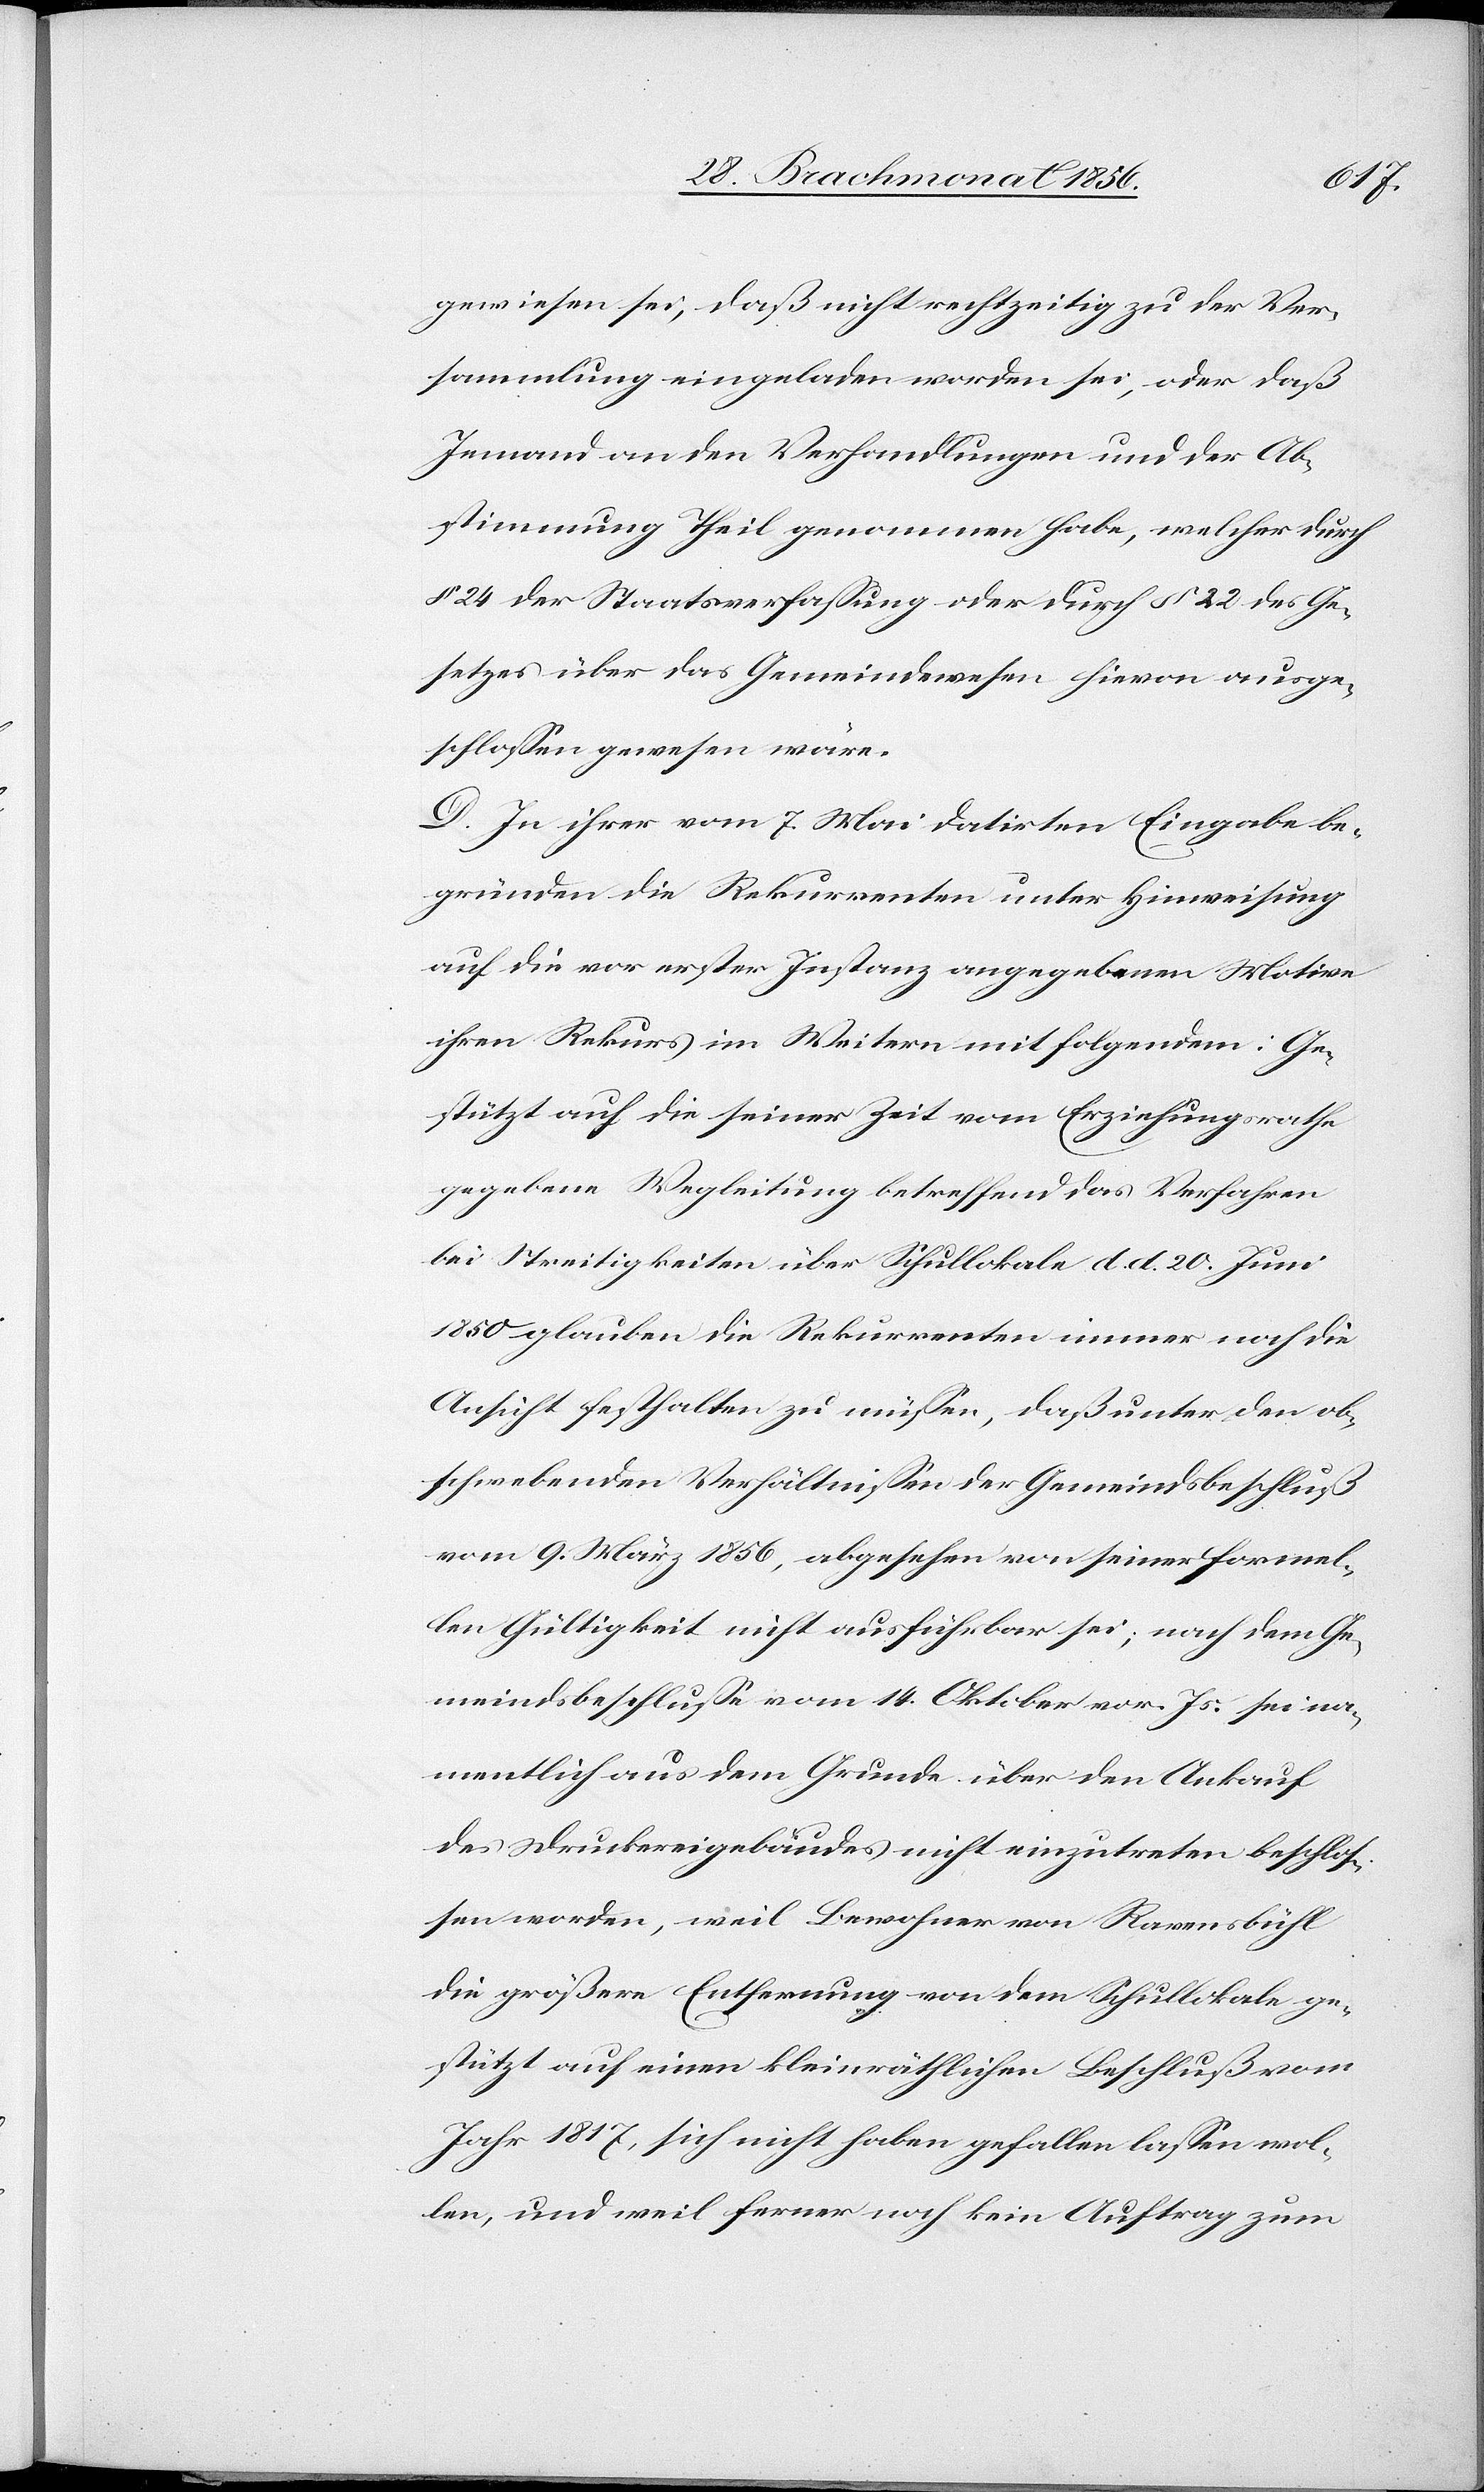
gewiesen sei, daß nicht rechtzeitig zu der Ver¬
sammlung eingeladen worden sei, oder daß
Jemand an den Verhandlungen und der Ab¬
stimmung Theil genommen habe, welcher durch
§ 24 der Staatsverfassung oder durch § 22 des Ge¬
setzes über das Gemeindewesen hievon ausge¬
schlossen gewesen wäre.
D. In ihrer vom 7. Mai datirten Eingabe be¬
gründen die Rekurrenten unter Hinweisung
auf die vor erster Instanz angegebenen Motive
ihren Rekurs im Weitern mit folgendem: Ge¬
stützt auf die seiner Zeit vom Erziehungsrathe
gegebene Wegleitung betreffend das Verfahren
bei Streitigkeiten über Schullokale d. d. 20. Juni
1850 glauben die Rekurrenten immer noch die
Ansicht festhalten zu müssen, daß unter den ob¬
schwebenden Verhältnissen der Gemeindsbeschluß
vom 9. März 1856, abgesehen von seiner formel¬
len Gültigkeit nicht ausführbar sei; nach dem Ge¬
meindsbeschlusse vom 14. Oktober vor. Js. sei na¬
mentlich aus dem Grunde über den Ankauf
des Druckereigebäudes nicht einzutreten beschlos¬
sen worden, weil Bewohner von Ravensbühl
die größere Entfernung von dem Schullokale ge¬
stützt auf einen kleinräthlichen Beschluß vom
Jahr 1817, sich nicht haben gefallen lassen wol¬
len, und weil ferner noch kein Auftrag zum